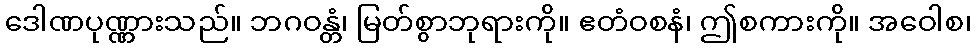
ဒေါဏပုဏ္ဏားသည်။ ဘဂဝန္တံ၊ မြတ်စွာဘုရားကို။ ဧတံဝစနံ၊ ဤစကားကို။ အဝေါစ၊